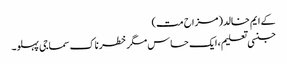
کے ایم خالد(مزاح مت)
جنسی تعلیم ، ایک حساس مگر خطرناک سماجی پہلو۔